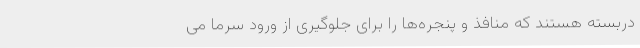
دربسته هستند که منافذ و پنجره‌ها را برای جلوگیری از ورود سرما می‌